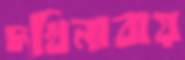
দখিনাবায়